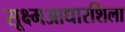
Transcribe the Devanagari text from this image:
सूक्ष्मआधारशिला